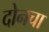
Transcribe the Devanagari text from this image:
दोनचा